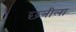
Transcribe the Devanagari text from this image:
छत्रीला